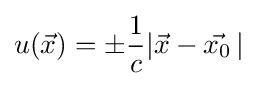
u({\vec {x}})=\pm {\frac {1}{c}}|{\vec {x}}-{\vec {x_{0}}}\,|